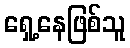
ရှေ့နေဖြစ်သူ